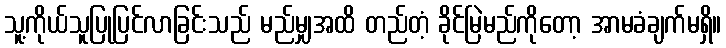
သူ့ကိုယ်သူပြုပြင်လာခြင်းသည် မည်မျှအထိ တည်တံ့ ခိုင်မြဲမည်ကိုတော့ အာမခံချက်မရှိ။